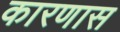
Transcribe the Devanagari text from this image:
कारणास